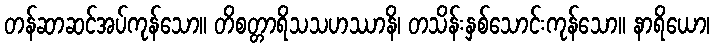
တန်ဆာဆင်အပ်ကုန်သော။ တိစတ္တာရိသသဟဿာနိ၊ တသိန်းနှစ်သောင်းကုန်သော။ နာရိယော၊